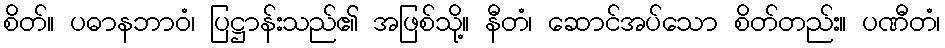
စိတ်။ ပဓာနဘာဝံ၊ ပြဋ္ဌာန်းသည်၏ အဖြစ်သို့။ နီတံ၊ ဆောင်အပ်သော စိတ်တည်း။ ပဏီတံ၊